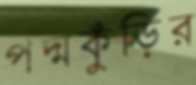
পদ্মকুঁড়ির